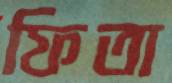
ফিতা